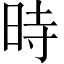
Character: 時